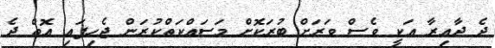
ދެ ދާއިރާ އަކީ ވެސް ވަރަށް ބުރަކޮށް މަސައްކަތްކުރަން ޖެހިފައި އޮތް ދެ